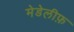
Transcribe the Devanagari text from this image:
मेडेलीफ़